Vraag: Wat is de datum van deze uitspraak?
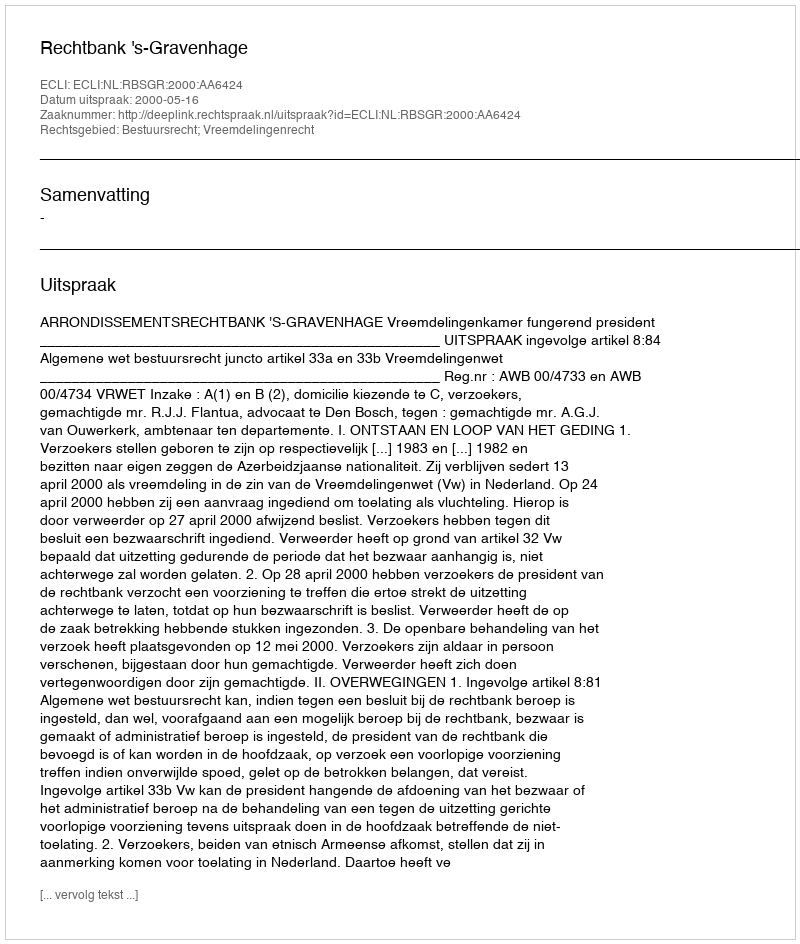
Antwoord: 2000-05-16